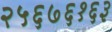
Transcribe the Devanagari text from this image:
२५६७६१६३